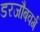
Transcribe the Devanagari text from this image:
डरजौबवर्ग